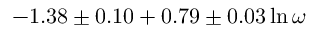
- 1 . 3 8 \pm 0 . 1 0 + 0 . 7 9 \pm 0 . 0 3 \ln \omega